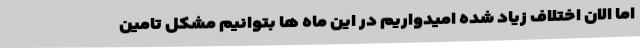
اما الان اختلاف زیاد شده امیدواریم در این ماه ها بتوانیم مشکل تامین